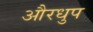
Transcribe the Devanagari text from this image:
औरधुप